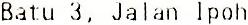
BATU 3, JALAN IPOH